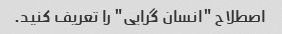
اصطلاح "انسان گرایی" را تعریف کنید.